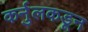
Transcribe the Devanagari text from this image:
कर्नुलकडून